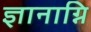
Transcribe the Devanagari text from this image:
ज्ञानाग्नि